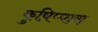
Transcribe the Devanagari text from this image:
कुष़िप्पारा